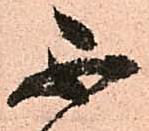
不